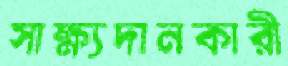
সাক্ষ্যদানকারী